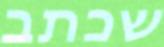
שכתב